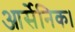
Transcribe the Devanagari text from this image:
आर्सेनिक।